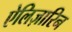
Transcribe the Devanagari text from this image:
ऐलिज़ारिन